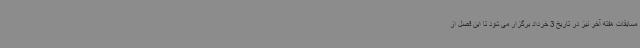
مسابقات هفته آخر نیز در تاریخ 3 خرداد برگزار می شود تا این فصل از